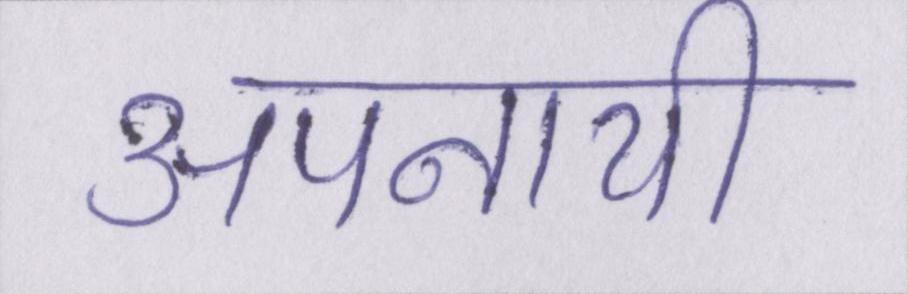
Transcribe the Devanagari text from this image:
अपनायी